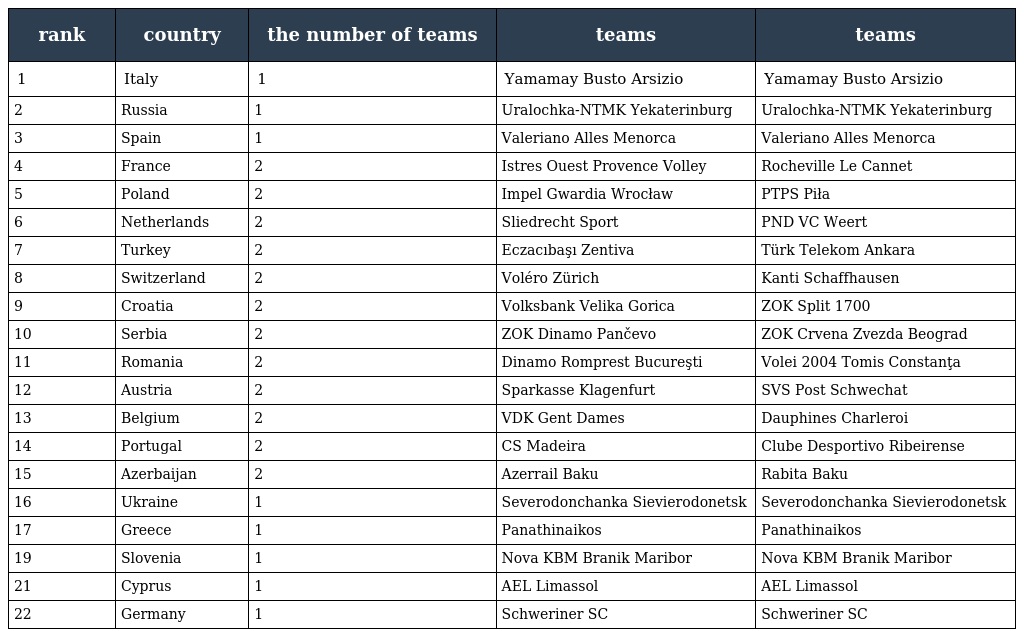
| rank | country | the number of teams | teams | teams |
 | --- | --- | --- | --- | --- |
 | 1 | Italy | 1 | Yamamay Busto Arsizio | Yamamay Busto Arsizio |
 | 2 | Russia | 1 | Uralochka-NTMK Yekaterinburg | Uralochka-NTMK Yekaterinburg |
 | 3 | Spain | 1 | Valeriano Alles Menorca | Valeriano Alles Menorca |
 | 4 | France | 2 | Istres Ouest Provence Volley | Rocheville Le Cannet |
 | 5 | Poland | 2 | Impel Gwardia Wrocław | PTPS Piła |
 | 6 | Netherlands | 2 | Sliedrecht Sport | PND VC Weert |
 | 7 | Turkey | 2 | Eczacıbaşı Zentiva | Türk Telekom Ankara |
 | 8 | Switzerland | 2 | Voléro Zürich | Kanti Schaffhausen |
 | 9 | Croatia | 2 | Volksbank Velika Gorica | ZOK Split 1700 |
 | 10 | Serbia | 2 | ZOK Dinamo Pančevo | ZOK Crvena Zvezda Beograd |
 | 11 | Romania | 2 | Dinamo Romprest Bucureşti | Volei 2004 Tomis Constanţa |
 | 12 | Austria | 2 | Sparkasse Klagenfurt | SVS Post Schwechat |
 | 13 | Belgium | 2 | VDK Gent Dames | Dauphines Charleroi |
 | 14 | Portugal | 2 | CS Madeira | Clube Desportivo Ribeirense |
 | 15 | Azerbaijan | 2 | Azerrail Baku | Rabita Baku |
 | 16 | Ukraine | 1 | Severodonchanka Sievierodonetsk | Severodonchanka Sievierodonetsk |
 | 17 | Greece | 1 | Panathinaikos | Panathinaikos |
 | 19 | Slovenia | 1 | Nova KBM Branik Maribor | Nova KBM Branik Maribor |
 | 21 | Cyprus | 1 | AEL Limassol | AEL Limassol |
 | 22 | Germany | 1 | Schweriner SC | Schweriner SC |